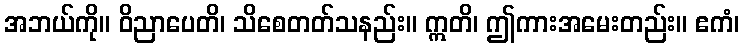
အဘယ်ကို။ ဝိညာပေတိ၊ သိစေတတ်သနည်း။ ဣတိ၊ ဤကားအမေးတည်း။ ဧကံ၊